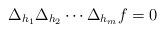
LaTeX: \begin{align*}\Delta_{h_1}\Delta_{h_2}\cdots\Delta_{h_m}f=0\end{align*}